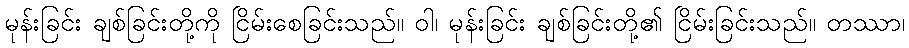
မုန်းခြင်း ချစ်ခြင်းတို့ကို ငြိမ်းစေခြင်းသည်။ ဝါ၊ မုန်းခြင်း ချစ်ခြင်းတို့၏ ငြိမ်းခြင်းသည်။ တဿာ၊